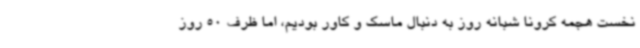
نخست هجمه کرونا شبانه روز به دنبال ماسک و کاور بودیم، اما ظرف 50 روز